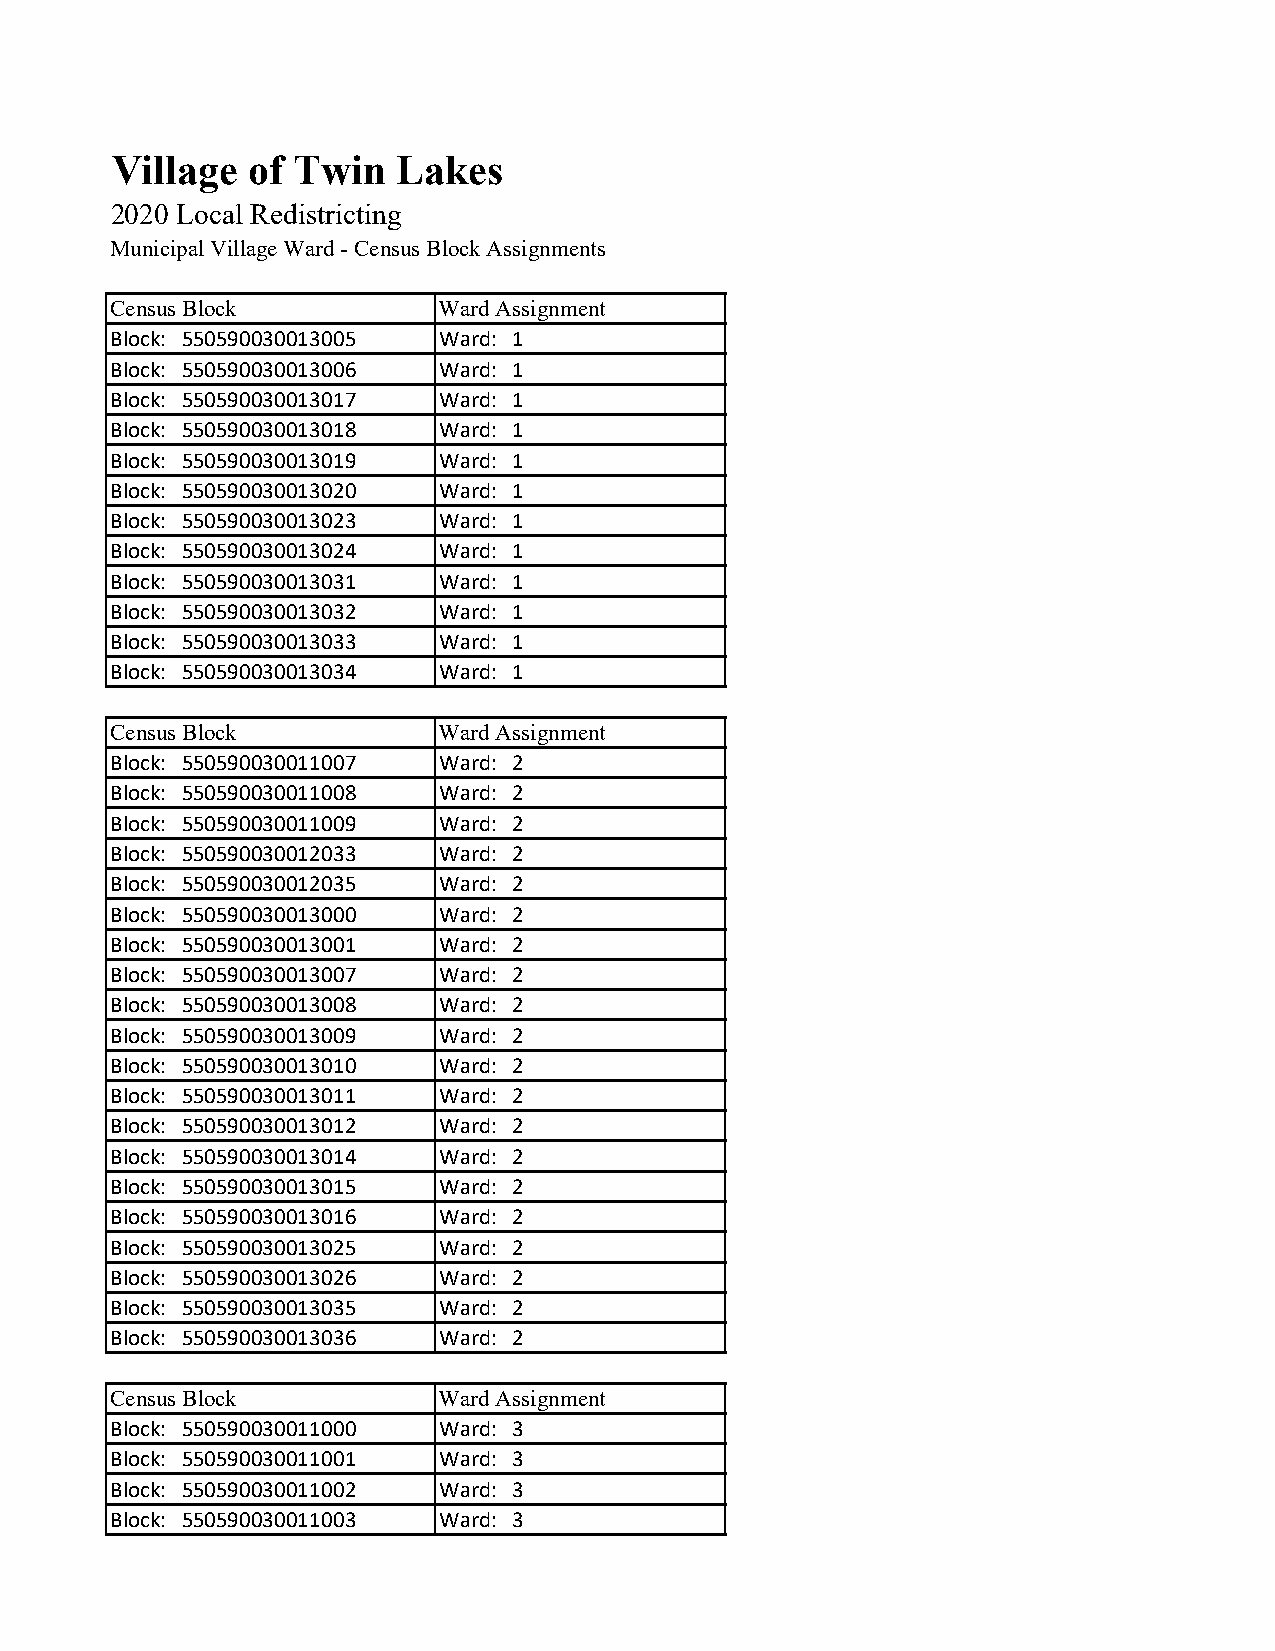
Village  of Twin   Lakes
 2020 Local Redistricting
 Municipal Village Ward - Census Block Assignments
 Census Block          Ward Assignment
 Block: 550590030013005 Ward: 1
 Block: 550590030013006 Ward: 1
 Block: 550590030013017 Ward: 1
 Block: 550590030013018 Ward: 1
 Block: 550590030013019 Ward: 1
 Block: 550590030013020 Ward: 1
 Block: 550590030013023 Ward: 1
 Block: 550590030013024 Ward: 1
 Block: 550590030013031 Ward: 1
 Block: 550590030013032 Ward: 1
 Block: 550590030013033 Ward: 1
 Block: 550590030013034 Ward: 1
 Census Block          Ward Assignment
 Block: 550590030011007 Ward: 2
 Block: 550590030011008 Ward: 2
 Block: 550590030011009 Ward: 2
 Block: 550590030012033 Ward: 2
 Block: 550590030012035 Ward: 2
 Block: 550590030013000 Ward: 2
 Block: 550590030013001 Ward: 2
 Block: 550590030013007 Ward: 2
 Block: 550590030013008 Ward: 2
 Block: 550590030013009 Ward: 2
 Block: 550590030013010 Ward: 2
 Block: 550590030013011 Ward: 2
 Block: 550590030013012 Ward: 2
 Block: 550590030013014 Ward: 2
 Block: 550590030013015 Ward: 2
 Block: 550590030013016 Ward: 2
 Block: 550590030013025 Ward: 2
 Block: 550590030013026 Ward: 2
 Block: 550590030013035 Ward: 2
 Block: 550590030013036 Ward: 2
 Census Block          Ward Assignment
 Block: 550590030011000 Ward: 3
 Block: 550590030011001 Ward: 3
 Block: 550590030011002 Ward: 3
 Block: 550590030011003 Ward: 3